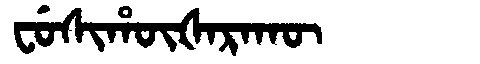
Manchu: ᠸᡠᠰᡳᡥᡡᡧᠠᡵᠠᡴᡡ
Romanization: FUSIHŪŠARAKŪ